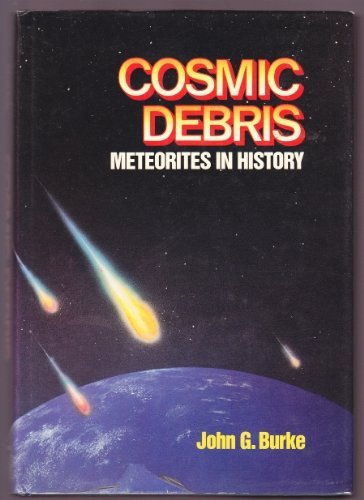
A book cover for Cosmic Debris: Meteorites in History; John G. Burke; Science & Math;